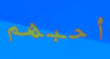
أحبهم